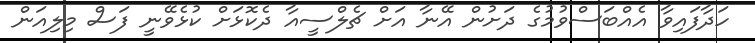
ހަދާފައިވާ އެއްބަސްވުމުގެ ދަށުން އޭނާ އަށް ޗެލްސީއާ ދެކޮޅަށް ކުޅެވޭނީ ފަސް މިލިއަން